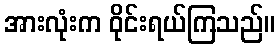
အားလုံးက ဝိုင်းရယ်ကြသည်။